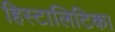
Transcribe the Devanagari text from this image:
हिस्टालिटिका